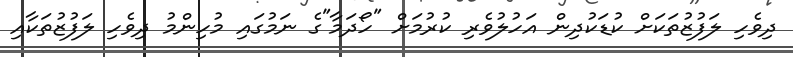
ދިވެހި ލަފުޒުތަކަށް ކުޑަކުދިން އަހުލުވެރި ކުރުމަށް "ހޯދަމާ"ގެ ނަމުގައި މުހިންމު ދިވެހި ލަފުޒުތަކާއި